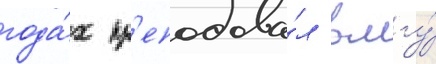
года́х пр'еподава́л в мгу́